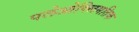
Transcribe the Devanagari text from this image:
पलेओक्लिमतिक